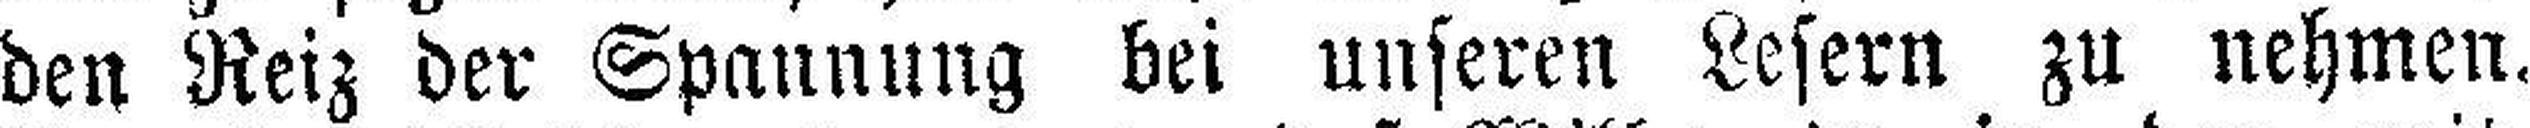
den Reiz der Spannung bei unseren Lesern zu nehmen.